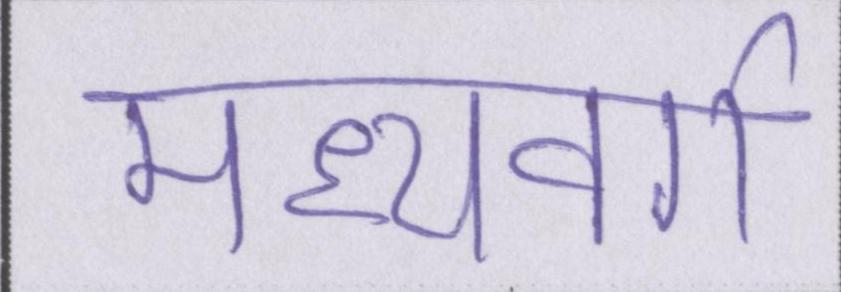
मध्यवर्ग